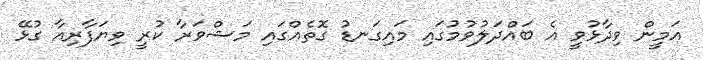
އަމީން ވިދާޅުވީ އެ ބައްދަލުވުމުގައި މައިގަނޑު ގޮތެއްގައި މަޝްވަރާ ކުރީ ވިޔަފާރިއާ ގުޅޭ